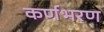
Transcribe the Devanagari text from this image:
कर्णभरण